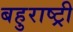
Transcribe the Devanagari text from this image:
बहुराष्ट्री